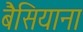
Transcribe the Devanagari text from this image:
बैसियाना